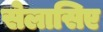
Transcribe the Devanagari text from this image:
सेलासिए